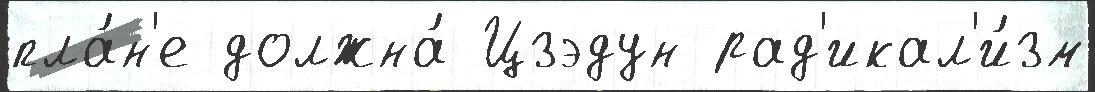
пла́н'е должна́ Цзэдун рад'икал'и́зм